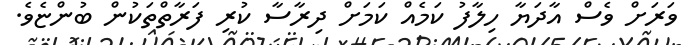
ވަރަށް ވެސް އާދަޔާ ހިލާފު ކަމެއް ކަމަށް ދިރާސާ ކުރި ފަރާތްތަކުން ބުންޏެވެ.